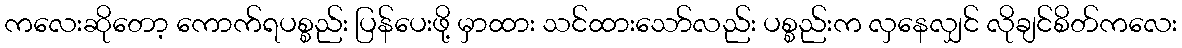
ကလေးဆိုတော့ ကောက်ရပစ္စည်း ပြန်ပေးဖို့ မှာထား သင်ထားသော်လည်း ပစ္စည်းက လှနေလျှင် လိုချင်စိတ်ကလေး